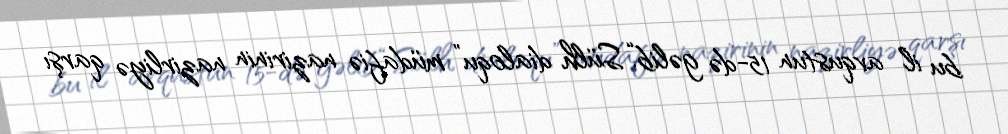
bu il avqustun 15-də gəlib.“Sülh dialoqu” müdafiə nazirinin nazirliyə qarşı